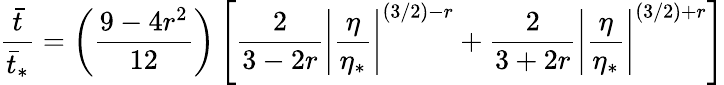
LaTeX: {\frac{\bar{t}}{\bar{t}_{*}}}=\left({\frac{9-4r^{2}}{12}}\right)\left[{\frac{2}{3-2r}}\left|{\frac{\eta}{\eta_{*}}}\right|^{(3/2)-r}+{\frac{2}{3+2r}}\left|{\frac{\eta}{\eta_{*}}}\right|^{(3/2)+r}\right]